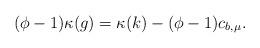
LaTeX: \begin{align*} (\phi-1)\kappa(g)=\kappa(k)-(\phi-1)c_{b,\mu} . \end{align*}